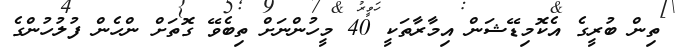
ތިން ބުރީގެ އެކޮމިޑޭޝަން އިމާރާތަކީ 40 މީހުންނަށް ތިބެވޭ ގޮތަށް ންހެން ފުލުހުންގެ